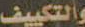
والتكييف